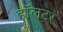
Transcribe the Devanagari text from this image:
हॉलटर